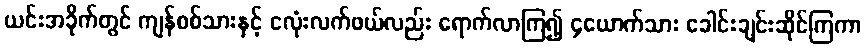
ယင်းအခိုက်တွင် ကျန်စစ်သားနှင့် ငလုံးလက်ဖယ်လည်း ရောက်လာကြ၍ ၄ယောက်သား ခေါင်းချင်းဆိုင်ကြကာ